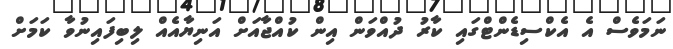
ނަމަވެސް އެ އެކްސިޑެންޓްގައި ކާރު ދުއްވަން އިން ކުއްޖާއަށް އަނިޔާއެއް ލިބިފައިނުވާ ކަމަށް